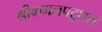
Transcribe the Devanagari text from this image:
श्रीकमलपटुधरा